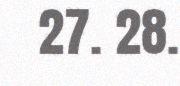
27. 28.